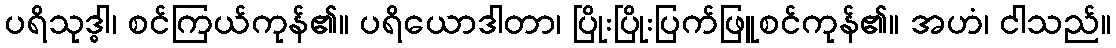
ပရိသုဒ္ဓါ၊ စင်ကြယ်ကုန်၏။ ပရိယောဒါတာ၊ ပြိုးပြိုးပြက်ဖြူစင်ကုန်၏။ အဟံ၊ ငါသည်။